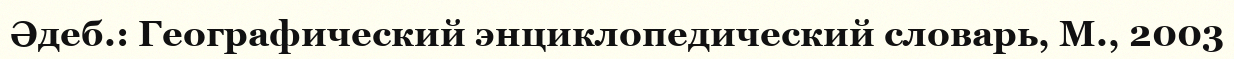
Әдеб.: Географический энциклопедический словарь, М., 2003